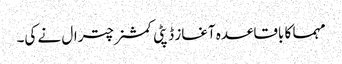
مہما کا باقاعدہ آغاز ڈپٹی کمشنر چترال نے کی۔